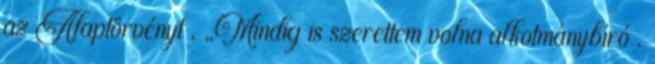
az Alaptörvényt . „Mindig is szerettem volna alkotmánybíró .